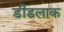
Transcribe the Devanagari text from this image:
डीडलाक